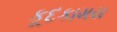
કૂદકામય